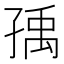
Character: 𡥶